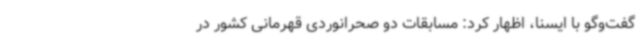
گفت‌وگو با ایسنا، اظهار کرد: مسابقات دو صحرانوردی قهرمانی کشور در